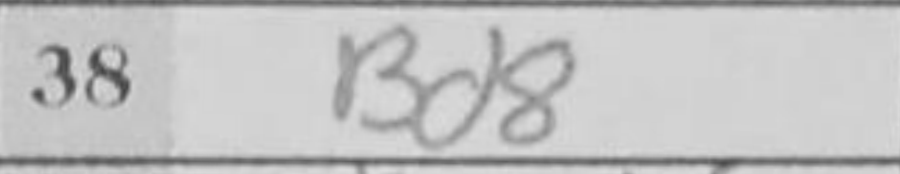
Transcription: Bd8